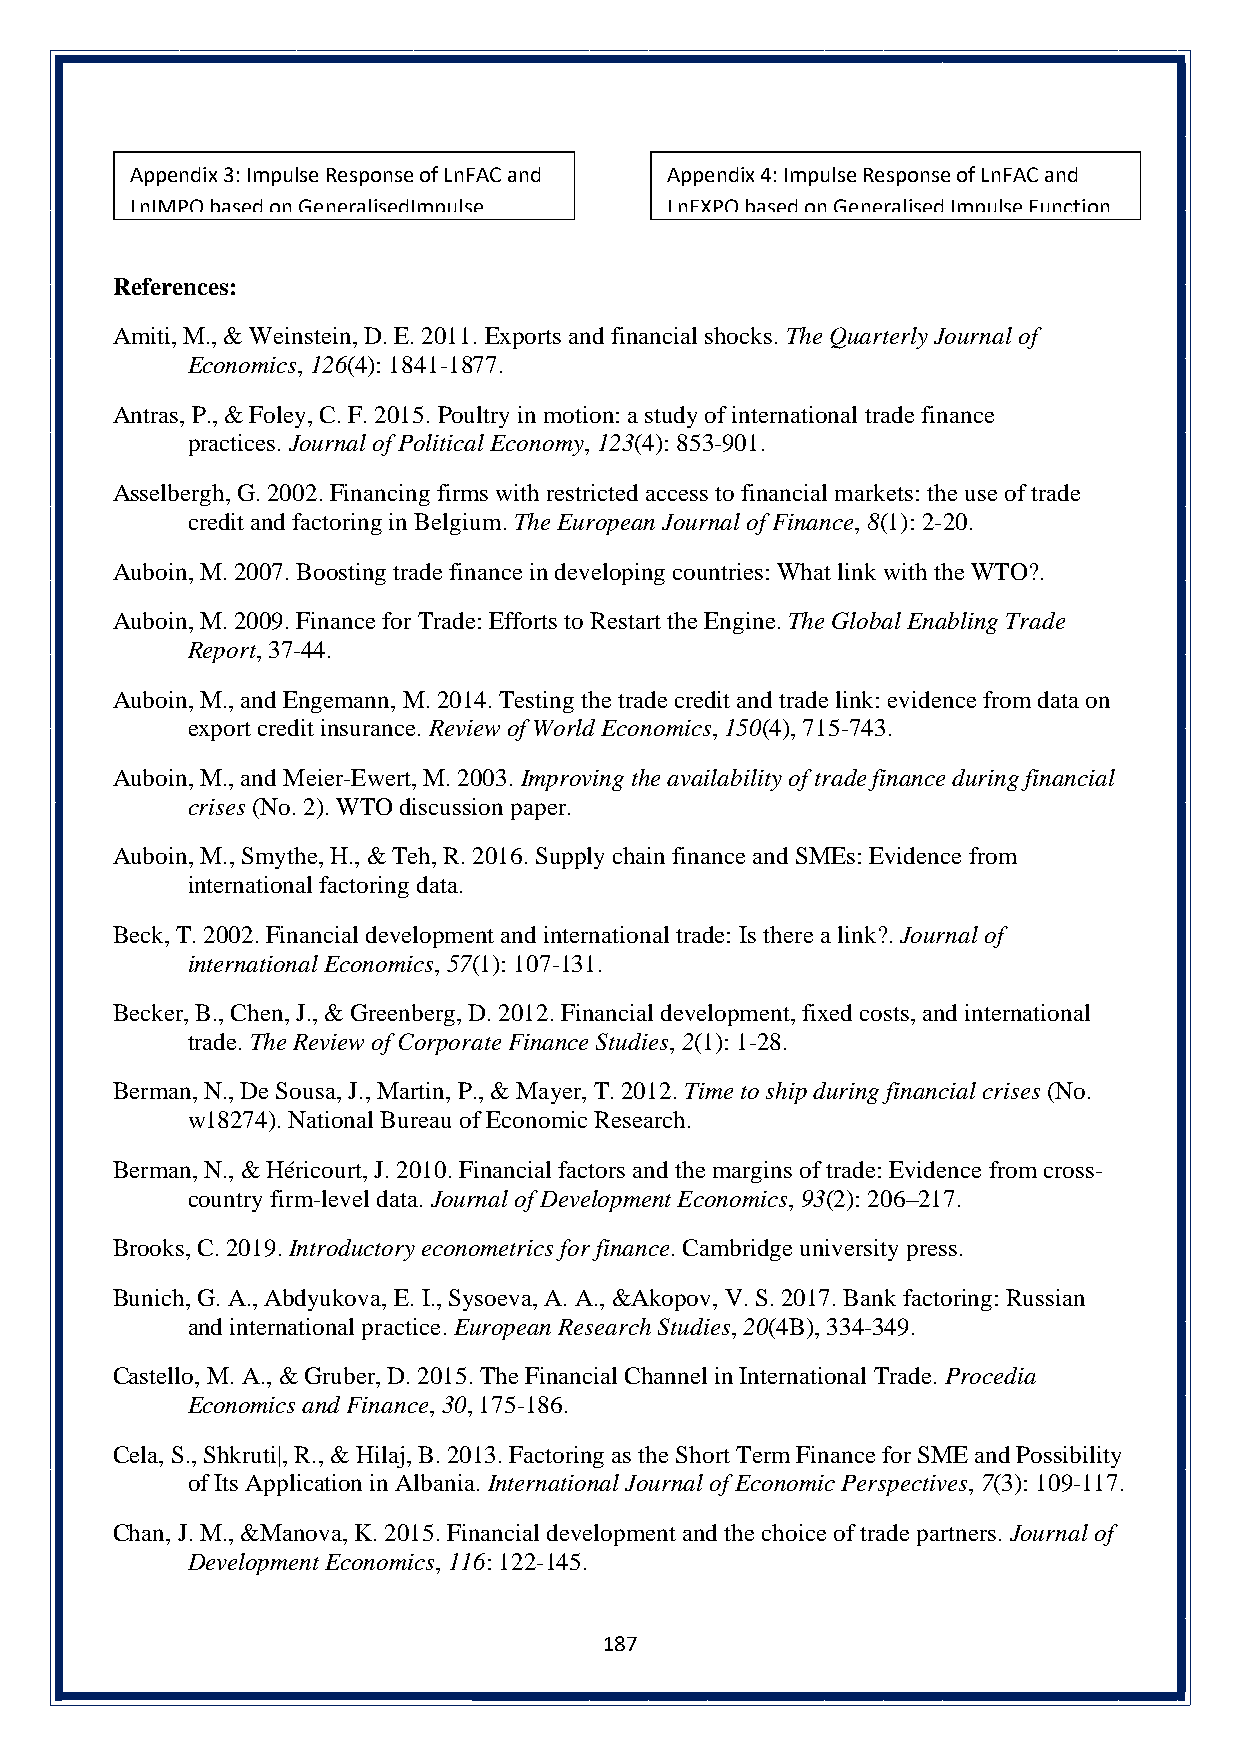
Appendix 3: Impulse Response of LnFAC and Appendix 4: Impulse Response of LnFAC and
 LnIMPO based on GeneralisedImpulse LnEXPO based on Generalised Impulse Function
 Function
 References:
 Function
 Amiti, M., & Weinstein, D. E. 2011. Exports and financial shocks. The Quarterly Journal of
 Economics, 126(4): 1841-1877.
 Antras, P., & Foley, C. F. 2015. Poultry in motion: a study of international trade finance
 practices. Journal of Political Economy, 123(4): 853-901.
 Asselbergh, G. 2002. Financing firms with restricted access to financial markets: the use of trade
 credit and factoring in Belgium. The European Journal of Finance, 8(1): 2-20.
 Auboin, M. 2007. Boosting trade finance in developing countries: What link with the WTO?.
 Auboin, M. 2009. Finance for Trade: Efforts to Restart the Engine. The Global Enabling Trade
 Report, 37-44.
 Auboin, M., and Engemann, M. 2014. Testing the trade credit and trade link: evidence from data on
 export credit insurance. Review of World Economics, 150(4), 715-743.
 Auboin, M., and Meier-Ewert, M. 2003. Improving the availability of trade finance during financial
 crises (No. 2). WTO discussion paper.
 Auboin, M., Smythe, H., & Teh, R. 2016. Supply chain finance and SMEs: Evidence from
 international factoring data.
 Beck, T. 2002. Financial development and international trade: Is there a link?. Journal of
 international Economics, 57(1): 107-131.
 Becker, B., Chen, J., & Greenberg, D. 2012. Financial development, fixed costs, and international
 trade. The Review of Corporate Finance Studies, 2(1): 1-28.
 Berman, N., De Sousa, J., Martin, P., & Mayer, T. 2012. Time to ship during financial crises (No.
 w18274). National Bureau of Economic Research.
 Berman, N., & Héricourt, J. 2010. Financial factors and the margins of trade: Evidence from cross-
 country firm-level data. Journal of Development Economics, 93(2): 206–217.
 Brooks, C. 2019. Introductory econometrics for finance. Cambridge university press.
 Bunich, G. A., Abdyukova, E. I., Sysoeva, A. A., &Akopov, V. S. 2017. Bank factoring: Russian
 and international practice. European Research Studies, 20(4B), 334-349.
 Castello, M. A., & Gruber, D. 2015. The Financial Channel in International Trade. Procedia
 Economics and Finance, 30, 175-186.
 Cela, S., Shkruti|, R., & Hilaj, B. 2013. Factoring as the Short Term Finance for SME and Possibility
 of Its Application in Albania. International Journal of Economic Perspectives, 7(3): 109-117.
 Chan, J. M., &Manova, K. 2015. Financial development and the choice of trade partners. Journal of
 Development Economics, 116: 122-145.
 187